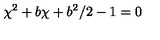
\chi ^ { 2 } + b \chi + b ^ { 2 } / 2 - 1 = 0